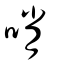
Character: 哨